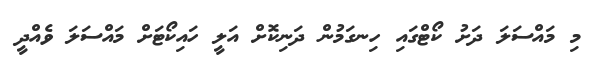
މި މައްސަލަ ދަށު ކޯޓްގައި ހިނގަމުން ދަނިކޮށް އަލީ ހައިކޯޓަށް މައްސަލަ ވެއްދީ